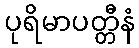
ပုရိမာပတ္တီနံ